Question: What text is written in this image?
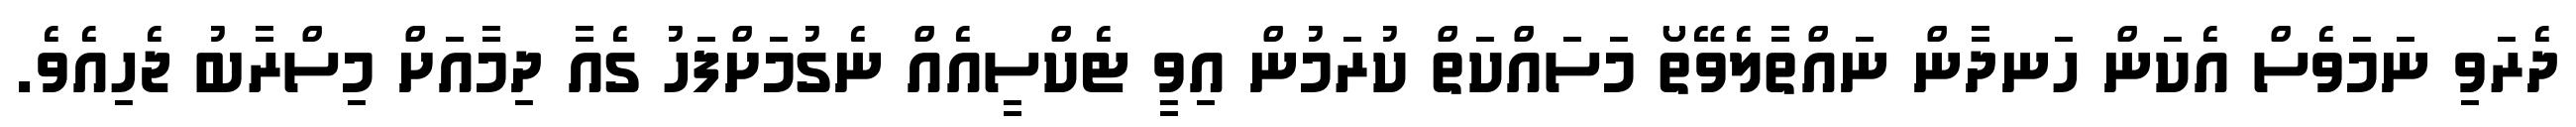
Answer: ދެރަވި ނަމަވެސް އެކަން ހަނދާން ނައްތާލެވޭތޯ މަސައްކަތް ކުރަމުން އިވީ ޓެކްސީއެއް ނެގުމަށްފަހު ގެއާ ދިމާއަށް މިސްރާބު ޖެހިއެވެ.